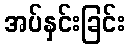
အပ်နှင်းခြင်း